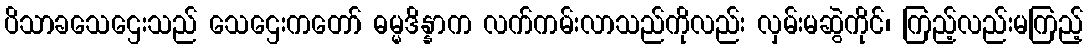
ပိသာခသေဌေးသည် သေဌေးကတော် ဓမ္မဒိန္နာက လက်ကမ်းလာသည်ကိုလည်း လှမ်းမဆွဲကိုင်၊ ကြည့်လည်းမကြည့်